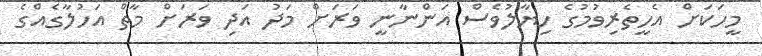
މީހަކަށް އެހީތެރިވުމުގެ ހިޔާލުވެސް އަންނާނީ ވަރަށް މަދު އަދި ވަރަށް މާތް އަހުލާގެއްގެ